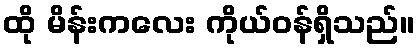
ထို မိန်းကလေး ကိုယ်ဝန်ရှိသည်။